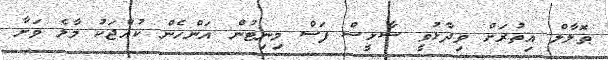
ޠޮލާލް އިތުރަށް ވިދާޅުވީ ސާޅީސް ފަސް މިނިޓުން އަންހެން ކުއްޖަކު މާލެ ވަށާ